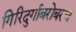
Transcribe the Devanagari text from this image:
गिरिदुर्गाबरोबरच